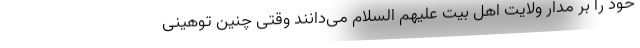
خود را بر مدار ولایت اهل بیت علیهم السلام می‌دانند وقتی چنین توهینی